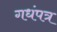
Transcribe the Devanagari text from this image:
गधंपत्र